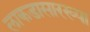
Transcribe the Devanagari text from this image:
लाकडासारख्या